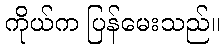
ကိုယ်က ပြန်မေးသည်။